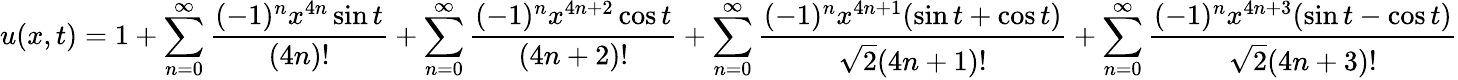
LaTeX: u(x,t)=1+\sum_{n=0}^{\infty}\frac{(-1)^{n}x^{4n}\sin t}{(4n)!}+\sum_{n=0}^{\infty}\frac{(-1)^{n}x^{4n+2}\cos t}{(4n+2)!}+\sum_{n=0}^{\infty}\frac{(-1)^{n}x^{4n+1}(\sin t+\cos t)}{\sqrt 2(4n+1)!}+\sum_{n=0}^{\infty}\frac{(-1)^{n}x^{4n+3}(\sin t-\cos t)}{\sqrt 2(4n+3)!}